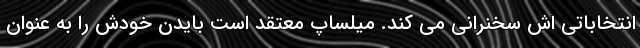
انتخاباتی اش سخنرانی می کند. میلساپ معتقد است بایدن خودش را به عنوان